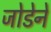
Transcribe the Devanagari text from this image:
जोडेने